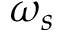
\omega _ { s }